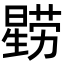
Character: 𭧻